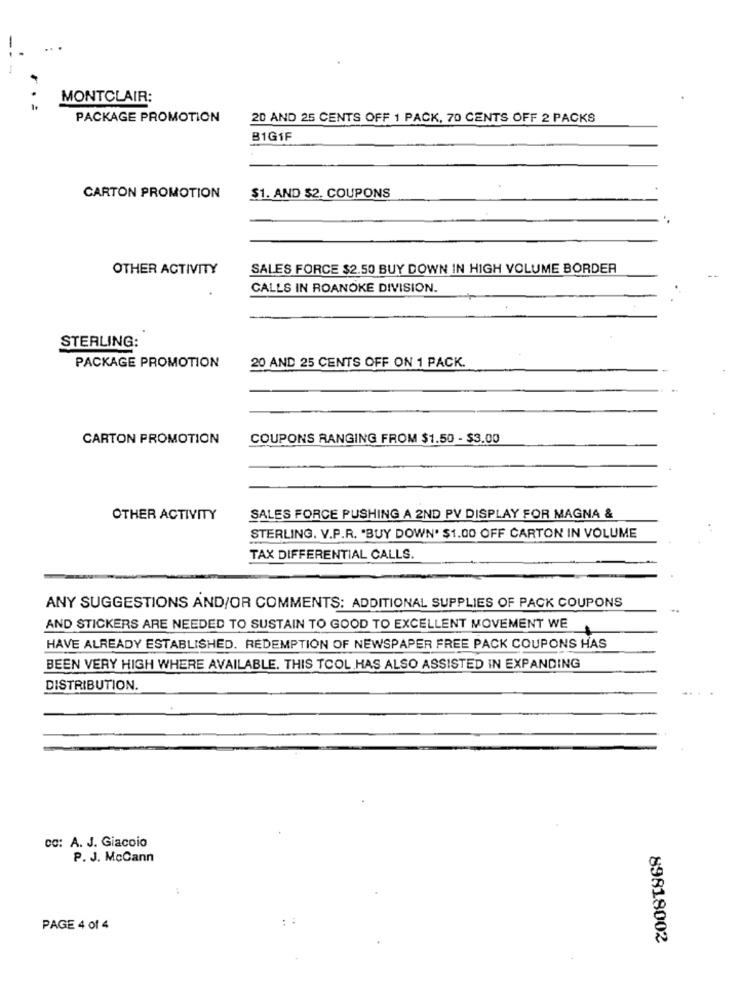
MONTCLAIR:
PACKAGE PROMOTION
20 AND 25 CENTS OFF 1 PACK, 70 CENTS OFF 2 PACKS
B1G1F
CARTON PROMOTION
$1. AND $2. COUPONS
OTHER ACTIVITY
SALES FORCE $2.50 BUY DOWN IN HIGH VOLUME BORDER
CALLS IN ROANOKE DIVISION.
STERLING:
PACKAGE PROMOTION
20 AND 25 CENTS OFF ON 1 PACK.
CARTON PROMOTION
COUPONS RANGING FROM $1.50 - $3.00
OTHER ACTIVITY
SALES FORCE PUSHING A 2ND PV DISPLAY FOR MAGNA &
STERLING. V.P.R. "BUY DOWN. $1.00 OFF CARTON IN VOLUME
TAX DIFFERENTIAL CALLS.
ANY SUGGESTIONS AND/OR COMMENTS: ADDITIONAL SUPPLIES OF PACK COUPONS
AND STICKERS ARE NEEDED TO SUSTAIN TO GOOD TO EXCELLENT MOVEMENT WE
HAVE ALREADY ESTABLISHED. REDEMPTION OF NEWSPAPER FREE PACK COUPONS HAS
BEEN VERY HIGH WHERE AVAILABLE. THIS TOOL HAS ALSO ASSISTED IN EXPANDING
DISTRIBUTION.
cc: A. J. Giacoio
P. J. McCann
:
PAGE 4 of 4
89818002